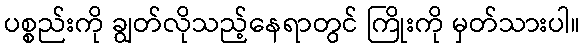
ပစ္စည်းကို ချွတ်လိုသည့်နေရာတွင် ကြိုးကို မှတ်သားပါ။